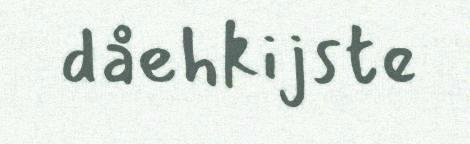
dåehkijste